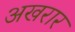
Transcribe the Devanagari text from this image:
अखरार